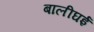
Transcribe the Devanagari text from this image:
बालीघई